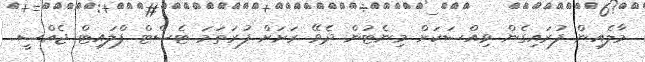
މާލެއިން ފުރައިގެން ވިއްސަކަށް މިނެޓުން ދެވޭ ރަށަށް ފުރަތަމަ ޓެސްޓް ފްލައިޓް ޖެއްސީ